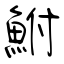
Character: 鮒